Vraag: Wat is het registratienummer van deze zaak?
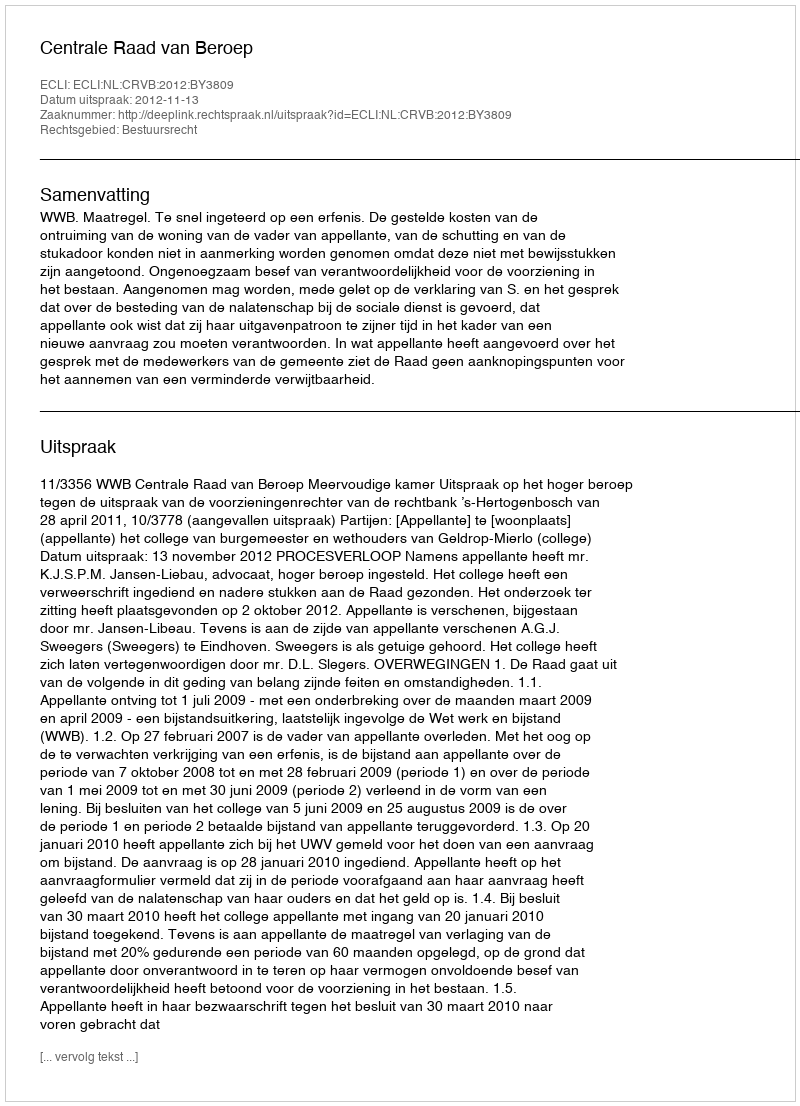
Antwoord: http://deeplink.rechtspraak.nl/uitspraak?id=ECLI:NL:CRVB:2012:BY3809